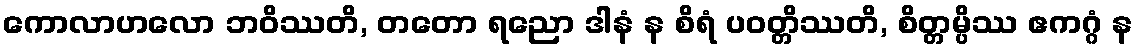
ကောလာဟလော ဘဝိဿတိ, တတော ရညော ဒါနံ န စိရံ ပဝတ္တိဿတိ, စိတ္တမ္ပိဿ ဧကဂ္ဂံ န